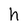
Character: h